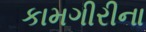
કામગીરીના